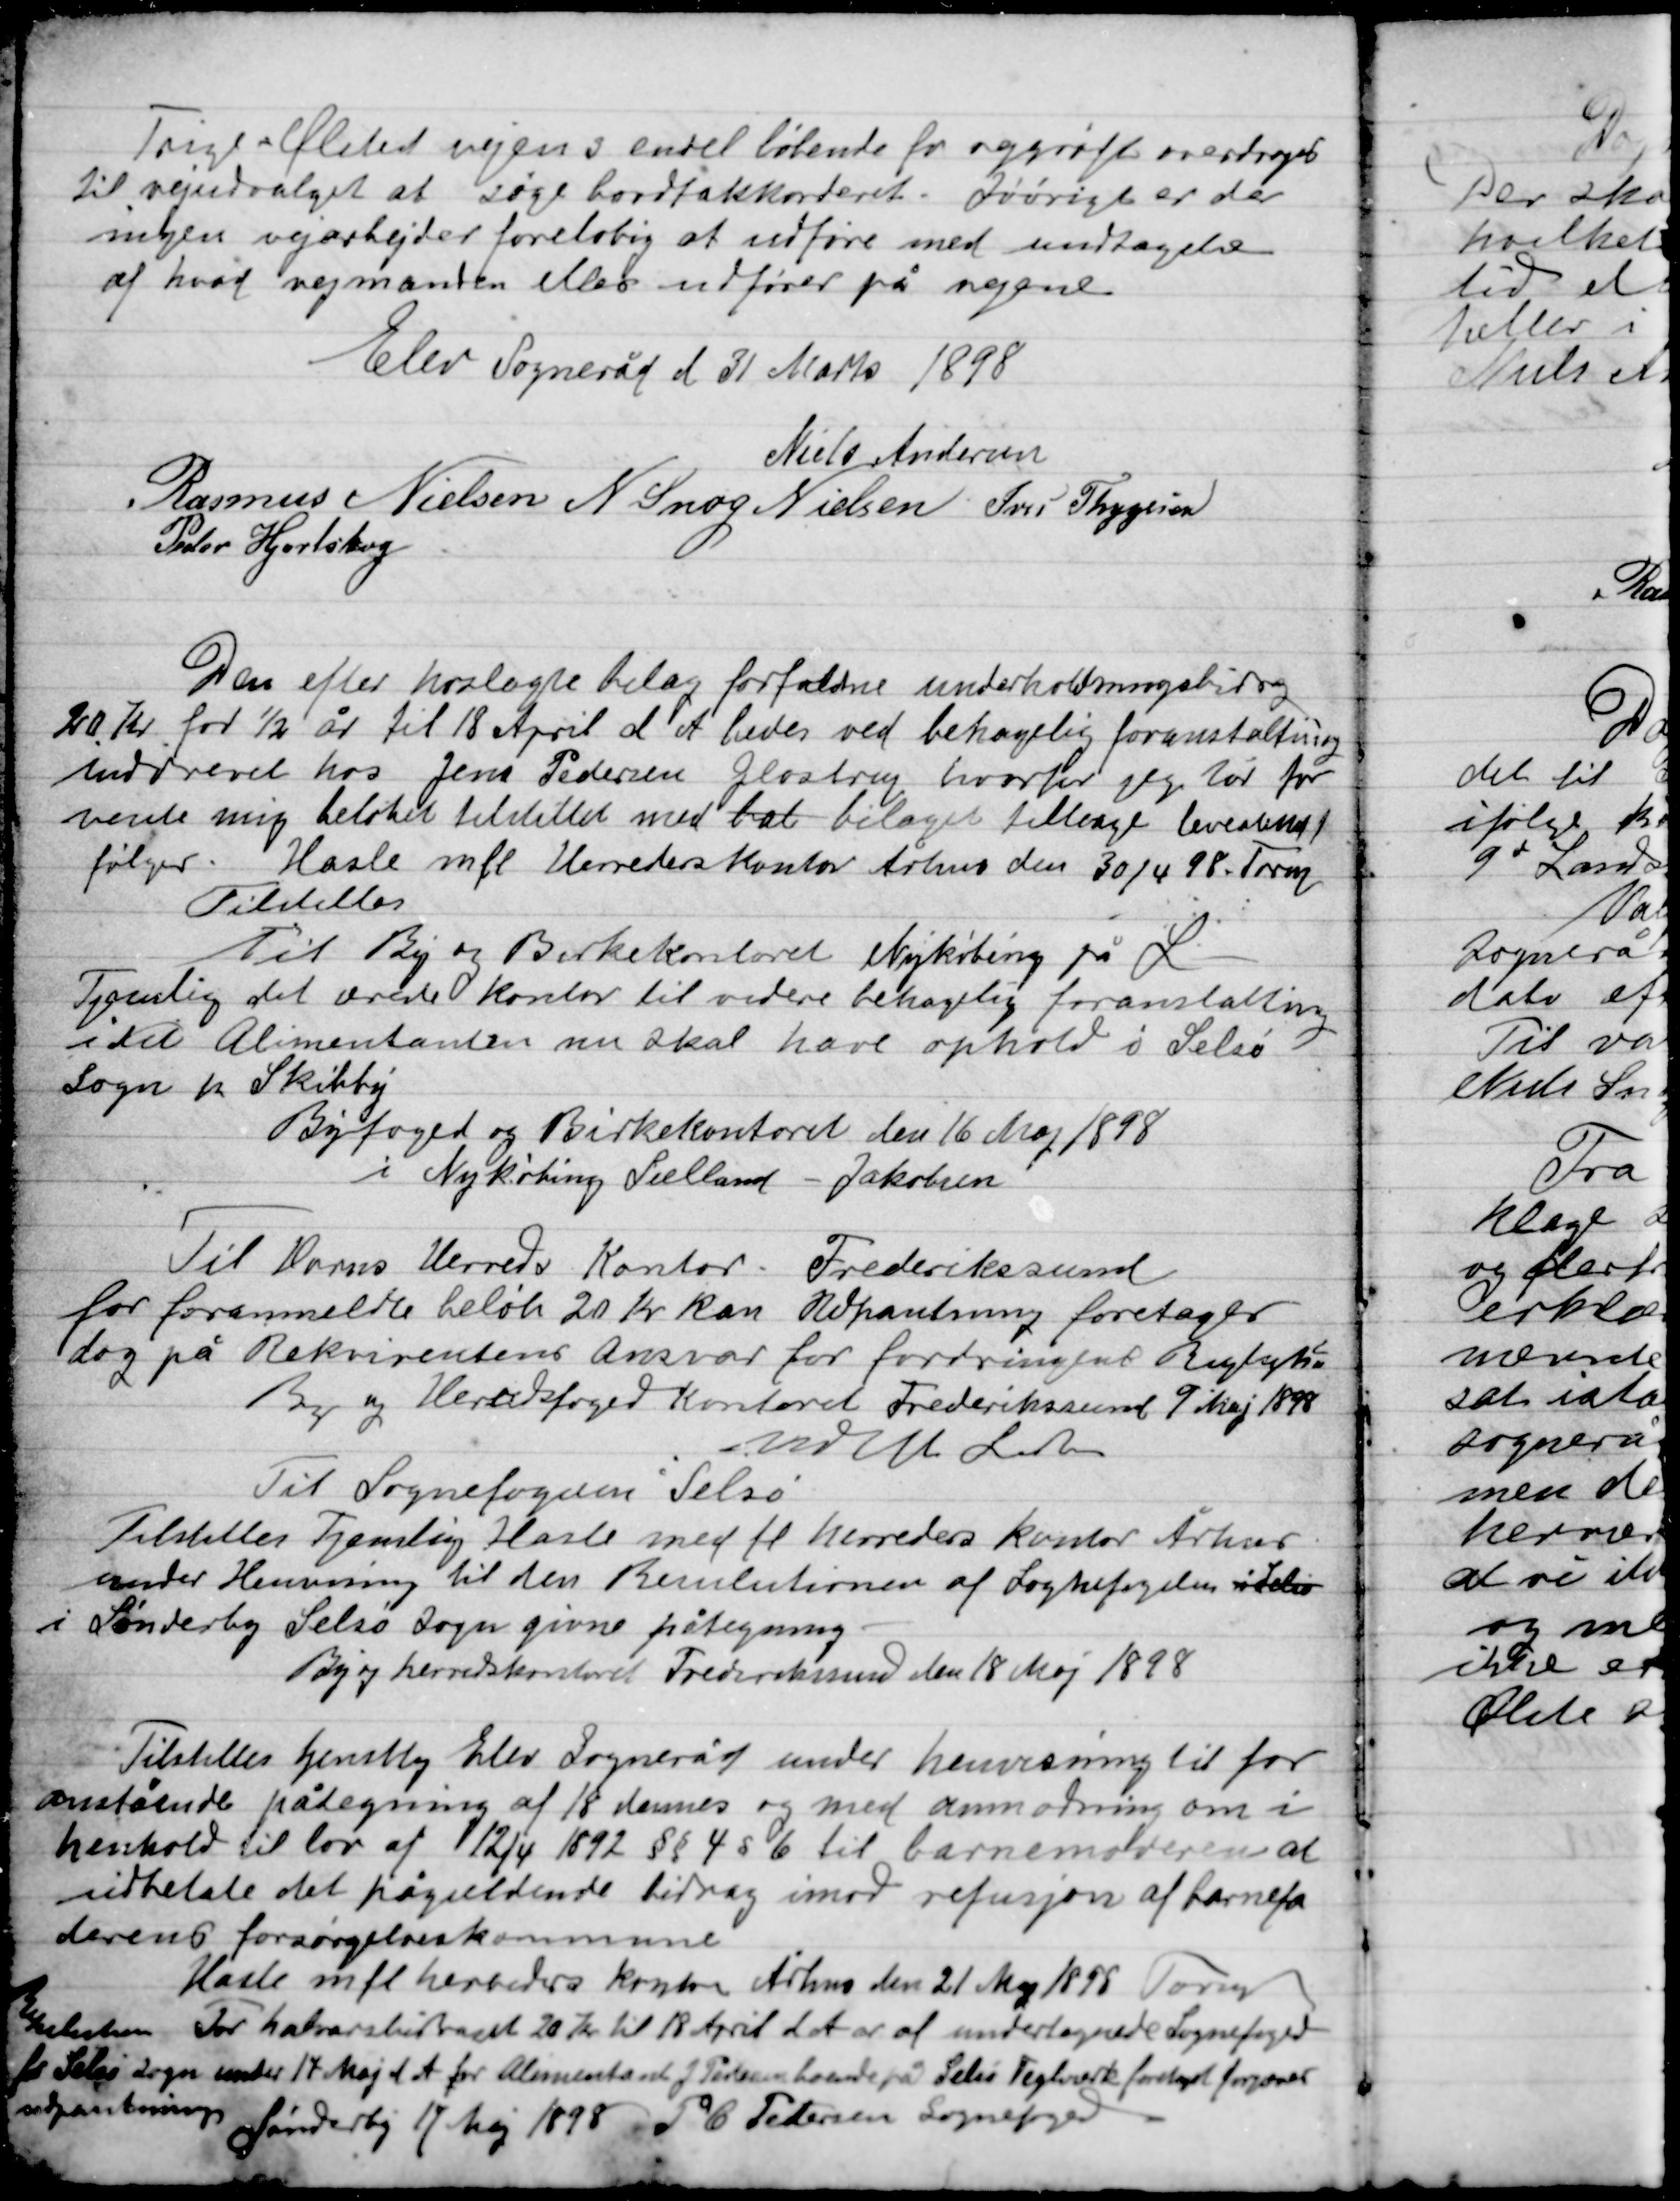
Transskription:
Trige-Ølsted vejen og endel løbende for og grøft overdroges
til vejudvalget at søge bordtakkorderet. I øvrigt er der
ingen vejarbejder foreløbig at udføre med undtagelse
af hvad vejmanden ellers udfører på vejene.

Elev Sogneråd den 31 Marts 1898

Niels Andersen
Rasmus Nielsen
N. Snog Nielsen
Ivar Thygesen
Peder Hjortshøj

Den efter hoslagte bilag forfalden underholdningsbidrag
20 Kr. for ½ år til 18 April d. A. bedes ved behagelig foranstaltning
indleveret hos Jens Pedersen Glostrup hvortil jeg tør for
vente mig beløbet tilstillet med tal bilaget tilbage leveret
følger. Hasle mfl. Herredes kontor Århus den 30/4 98 Form.
Tilstilles

Til By og Birkekontoret Nykøbing på L.
Tjenstlig det ærede Kontor til videre behagelig foranstaltning
i det Alimentanten nu skal have ophold i Selsø
Sogn pr Skibby.
Byfoged og birkekontoret den 16 Maj 1898
I Nykøbing Sælland – Jakobsen

Til Horns Herreds Kontor - Frederikssund
for foranmeldte beløb 20 Kr. kan Udpantning foretages
dog på Rekvirentens Ansvar for fordringens Rigtighed
By og Herredsfoged Kontoret Frederikssund 9 Maj 1898
Mod

Til Sognefogeden i Selsø
Tilstilles Tjenstlig Hasle med fl. Herredes kontor Århus
under Henvisning til den Remlutionen af Sognefogeden idet
I Sønderby Selsø Sogn givne påtegning.
By og Herredskontoret Frederikssund den 18 Maj 1898

Tilstilles tjenstlig Elev Sogneråd under henvisning til for-
anstående påtegning af 18 dennes og med anmodning om i
henhold til lov af 12/4 1892 §§ 4 s 6 til barnemoderen at
udbetale det pågældende bidrag imod refusjon af barnefa-
derens forsørgelseskommune.
Hasle mfl. Herreders kontor Århus den 21 Maj 1898 Form.

Tidstilles
for Selsø sogn
udpantningen

For halvårsbidraget 20 kr til 18 April er af undertegnede Sognefoged
under 17 Maj d. A. for alimentanten J Pedersen boende på Selsø Teglværk foretaget forsoner
Sønderby 17 Maj 1898 P. C. Petersen sognefoged